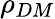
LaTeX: \rho_{DM}